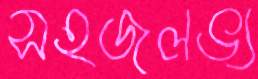
সহজলভ্য